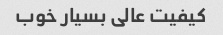
کیفیت عالی بسیار خوب